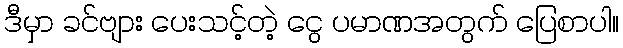
ဒီမှာ ခင်ဗျား ပေးသင့်တဲ့ ငွေ ပမာဏအတွက် ပြေစာပါ။